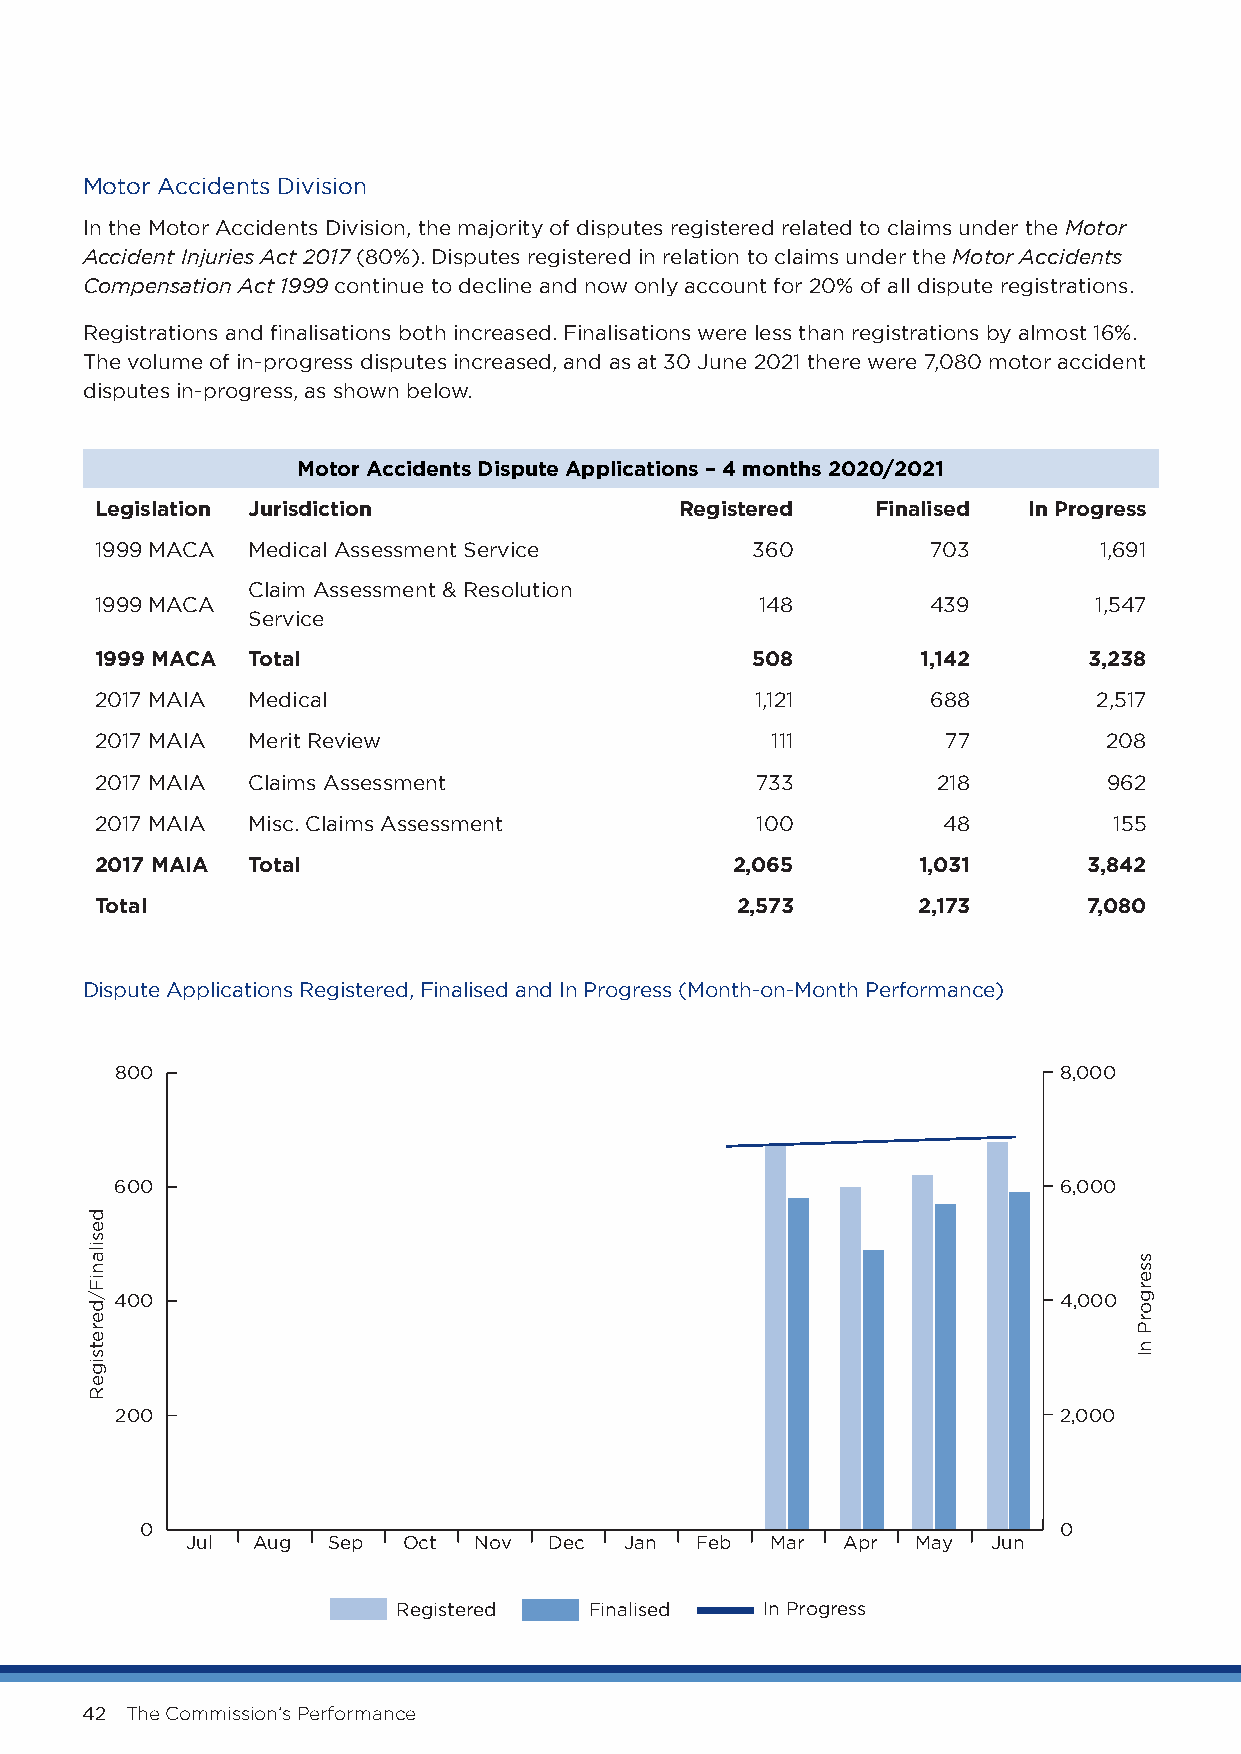
Motor Accidents Division
 In the Motor Accidents Division, the majority of disputes registered related to claims under the Motor
 Accident Injuries Act 2017 (80%). Disputes registered in relation to claims under the Motor Accidents
 Compensation Act 1999 continue to decline and now only account for 20% of all dispute registrations.
 Registrations and finalisations both increased. Finalisations were less than registrations by almost 16%.
 The volume of in-progress disputes increased, and as at 30 June 2021 there were 7,080 motor accident
 disputes in-progress, as shown below.
 Motor Accidents Dispute Applications – 4 months 2020/2021
 Legislation Jurisdiction               Registered   Finalised In Progress
 1999 MACA Medical Assessment Service        360         703        1,691
 Claim Assessment & Resolution
 1999 MACA                                   148         439       1,547
 Service
 1999 MACA Total                             508        1,142      3,238
 2017 MAIA Medical                           1,121       688        2,517
 2017 MAIA Merit Review                       111         77        208
 2017 MAIA Claims Assessment                 733         218        962
 2017 MAIA Misc. Claims Assessment           100         48          155
 2017 MAIA Total                           2,065        1,031      3,842
 Total                                      2,573       2,173      7,080
 Dispute Applications Registered, Finalised and In Progress (Month-on-Month Performance)
 800                                                           8,000
 600                                                           6,000
 400                                                           4,000
 200                                                           2,000
 0                                                            0
 Jul  Aug  Sep  Oct Nov  Dec  Jan  Feb  Mar  Apr  May  Jun
 Registered   Finalised   In Progress
 42 The Commission’s Performance
 desilaniF/deretsigeR
 ssergorP
 nI